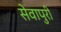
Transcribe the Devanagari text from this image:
सेवापुरी